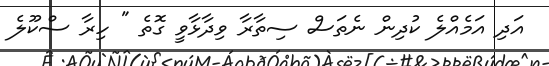
އަދި އަމެއްލެ ކުދިން ނެތަސް ސިތާރާ ވިދާޅާވީ ގޮތެ " ހިރާ ސްކޫލެ